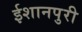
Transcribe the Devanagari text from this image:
ईशानपुरी